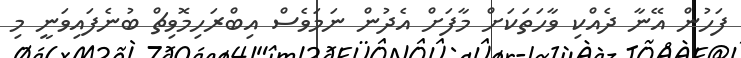
ފަހުން އޭނާ ދެއްކި ވާހަތަކަށް މާފަށް އެދުން ނަމަވެސް އިބްރަހިމޮވިޗް ބުނެފައިވަނީ މި